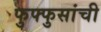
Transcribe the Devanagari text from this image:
फुफ्फुसांची